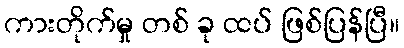
ကားတိုက်မှု တစ် ခု ထပ် ဖြစ်ပြန်ပြီ။